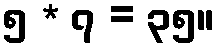
၅ * ၇ = ၃၅။